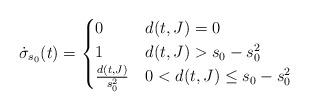
LaTeX: \begin{align*}\dot \sigma_{s_0}(t) =\begin{cases}0 & d(t,J) = 0 \\1 & d(t,J) > s_0 - s_0^2 \\\frac{d(t,J)}{s_0^2} & 0 < d(t,J) \le s_0-s_0^2 \\\end{cases}\end{align*}